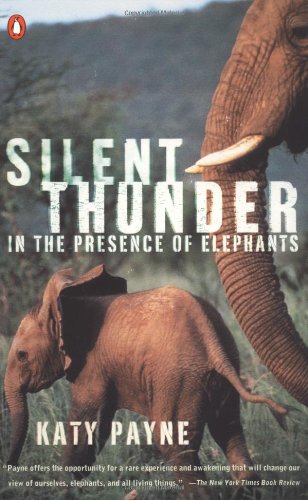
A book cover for Silent Thunder: In the Presence of Elephants; Katy Payne; Sports & Outdoors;